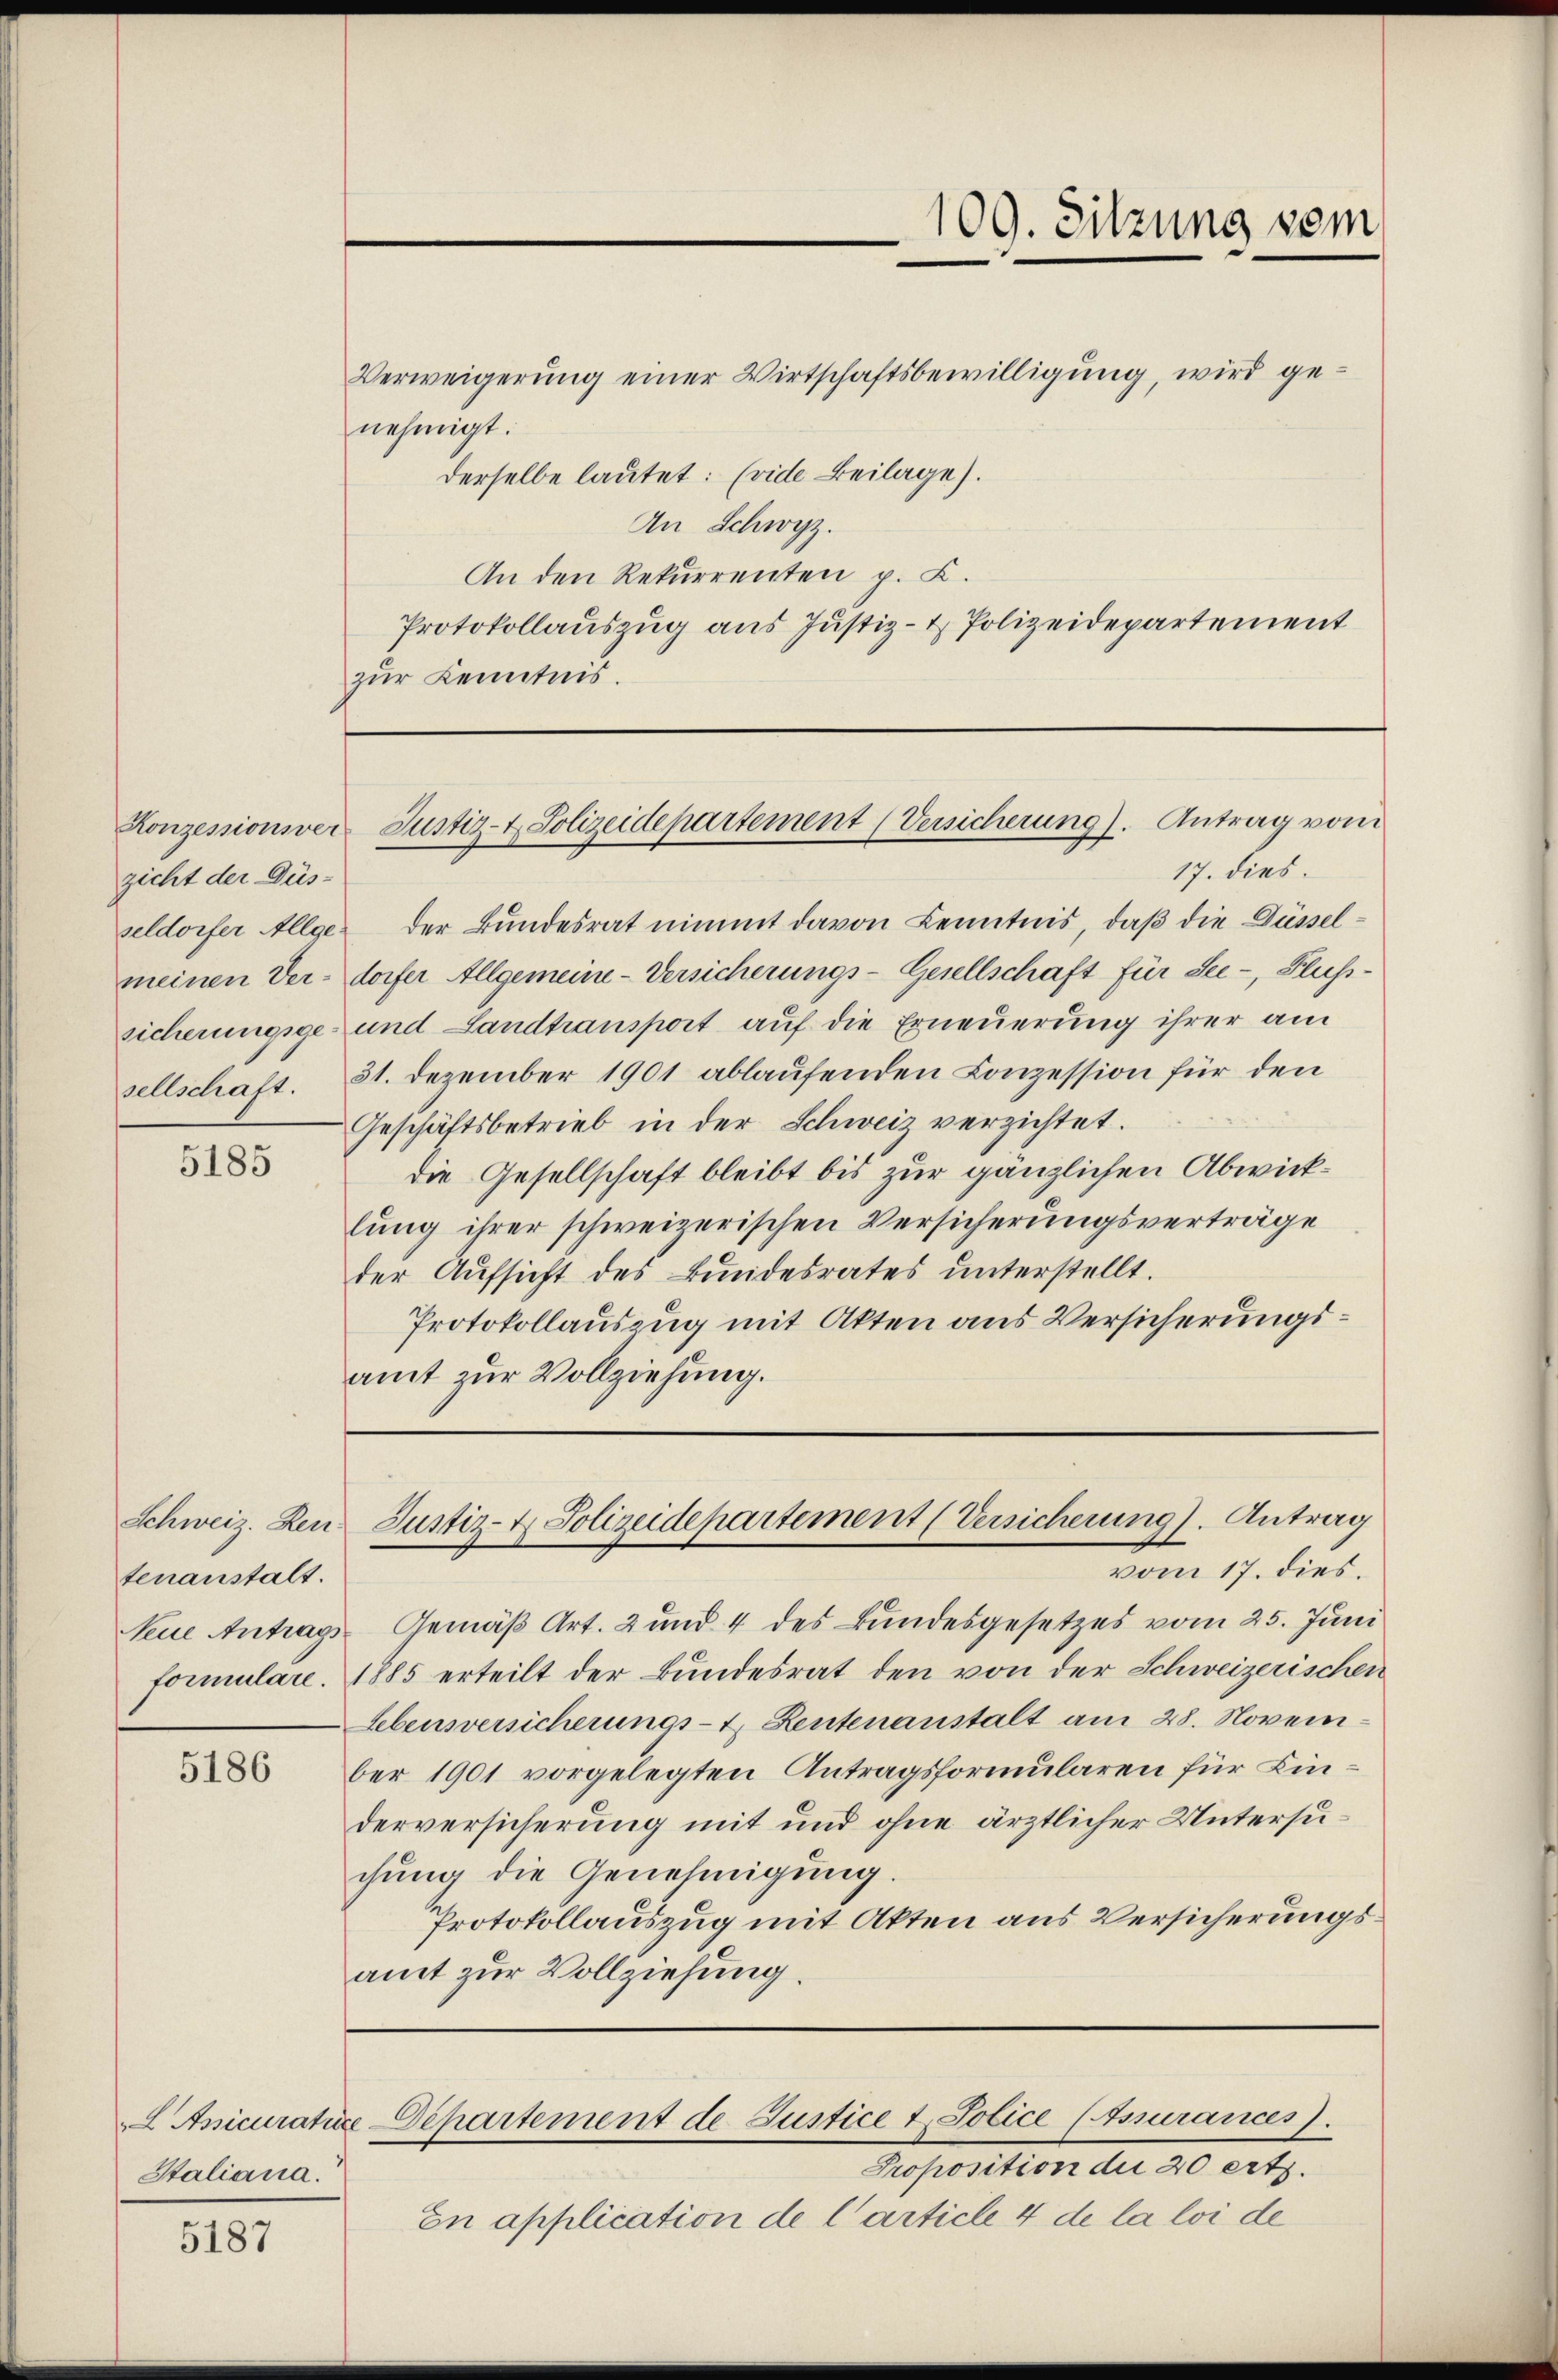
zicht der Düs-
sellschaft.

5185

Schweiz. Ren
tenanstalt.

5186

Assicurature.
Staliana.

5187

Verweigerung einer Wirtschaftsbewilligung, wird genehmigt.
derselbe lautet: (vide Beilage).
An Schwyz.
An den Rekurrenten p. C.
Protokollauszug aus Justiz- & Polizeidepartement
zur Kenntnis.

17. dies

seldorfer Allge der Bundesrat nimmt davon Kenntnis, daβ die Düsselmeinen Verdorfer Allgemeine Versicherungs-Gesellschaft für See-, Flußsicherungsge- und Landtransport auf die Erneuerung ihrer am
31. Dezember 1901 ablaufenden Conzession für den
Geschäftsbetrieb in der Schweiz verzichtet.
die Gesellschaft bleibt bis zur gänzlichen Abwicklung ihrer schweizerischen Versicherungsverträge
der Aufsicht des Bundesrates unterstellt.
Protokollauszug mit Akten aus Versicherungsamt zur Vollziehung.

Proposition die 20 erts.
En application de l’article 4 de la loi de

109. Sitzung vom

Konzessionsver Justiz- & Polizeidepartement (Versicherung). Antrag vom

Justiz- & Polizeidepartement (Versicherung). Antrag
vom 17. dies

Departement de Justice t. Police (Assurances.

Neue Antrags-Gemäß Art. 2 und 4 des Bundesgesetzes vom 25. Juni
formulare. 1885 erteilt der Bundesrat den von der Schweizerischen
Lebensversicherungs- & Leutenanstalt am 28. November 1901 vorgelegten Antragsformularen für Kinderversicherung mit und ohne ärztlicher Untersuchung die Genehmigung.
Protokollauszug mit Akten aus Versicherungsamt zur Vollziehung.